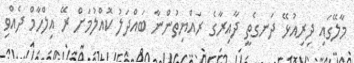
މާލޭގައި ދިރިއުޅޭ ދަނގެތީ ދާއިރާގެ ރައްޔިތުންނާ ބައްދަލު ކޮއްލުމަށް ރޭ އިލްހާމް ދެއްވި